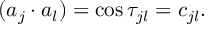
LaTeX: ( a _ { j } \cdot a _ { l } ) = \cos \tau _ { j l } = c _ { j l } .